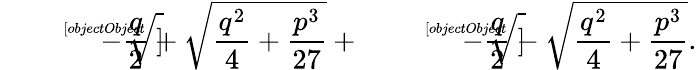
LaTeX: {\sqrt[[objectObject]]{-{\frac{q}{2}}+{\sqrt{{\frac{q^{2}}{4}}+{\frac{p^{3}}{27}}}}}}+{\sqrt[[objectObject]]{-{\frac{q}{2}}-{\sqrt{{\frac{q^{2}}{4}}+{\frac{p^{3}}{27}}}}}}.